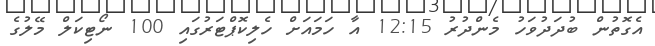
އެގޮތުން ބުދަދުވަހު މެންދުރު 12:15 އާ ހަމައަށް ހެލިކޮޕްޓަރުގައި 100 ނޯޓިކަލް މޭލުގެ